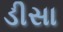
ડીસા